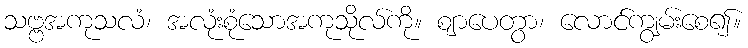
သဗ္ဗအကုသလံ၊ အလုံးစုံသောအကုသိုလ်ကို။ ဈာပေတွာ၊ လောင်ကျွမ်းစေ၍။